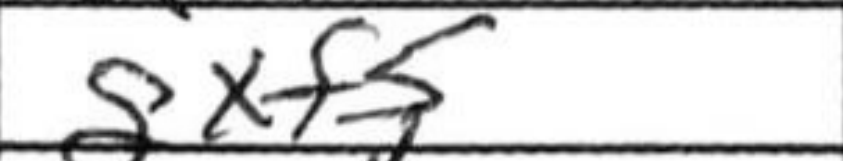
Transcription: gxf5